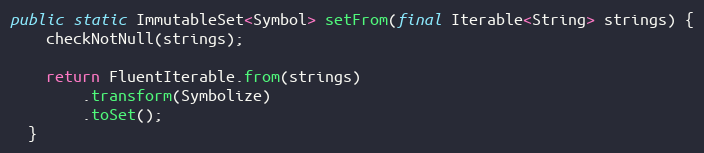
Language: Java
public static ImmutableSet<Symbol> setFrom(final Iterable<String> strings) {
    checkNotNull(strings);

    return FluentIterable.from(strings)
        .transform(Symbolize)
        .toSet();
  }